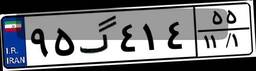
۹۵گ۴۱۴۵۵